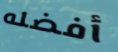
أفضله